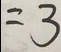
= 3